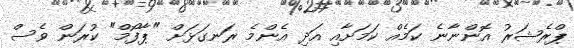
ޕްރެޝަރު އޮންނާނެ ކަމެއް ކަމަށާއި އަދި އެންމެ ރަނގަޅަށް "ޕާފޯމް" ކުރަން ވެސް